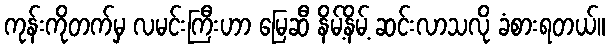
ကုန်းကိုတက်မှ လမင်းကြီးဟာ မြေဆီ နိမ့်နိမ့် ဆင်းလာသလို ခံစားရတယ်။